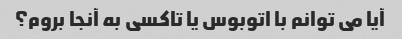
آیا می توانم با اتوبوس یا تاکسی به آنجا بروم؟